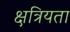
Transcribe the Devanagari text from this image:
क्षत्रियता